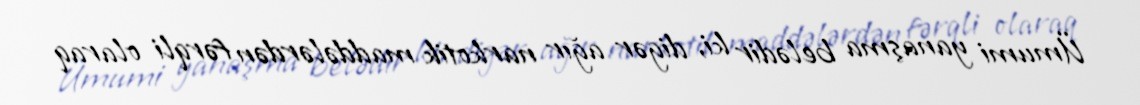
Ümumi yanaşma belədir ki, digər ağır narkotik maddələrdən fərqli olaraq